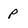
Character: P